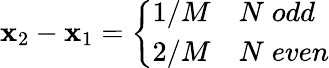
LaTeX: \mathbf{x}_{2}-\mathbf{x}_{1}=\left\{ \begin{array}{cl}{{1/M}}&{{N\; odd}}\\ {{2/M}}&{{N\; even}}\end{array}\right.